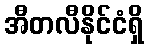
အီတလီနိုင်ငံရှိ